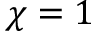
\chi = 1